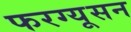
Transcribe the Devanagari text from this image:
फरग्यूसन